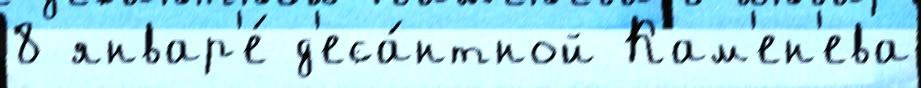
8 январ'е́ д'еса́нтной Кам'ен'ева